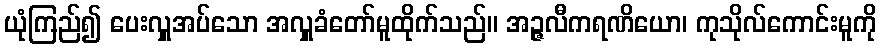
ယုံကြည်၍ ပေးလှူအပ်သော အလှူခံတော်မူထိုက်သည်။ အဉ္ဇလီကရဏိယော၊ ကုသိုလ်ကောင်းမူကို